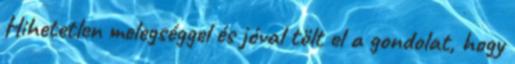
Hihetetlen melegséggel és jóval tölt el a gondolat, hogy